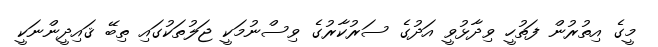
މީގެ އިތުރުން ފަތުހީ ވިދާޅުވީ އަދުގެ ސަރުކާރުގެ ވިސްނުމަކީ ޖަލުތަކުގައި ތިބޭ ޤައިދީންނަކީ